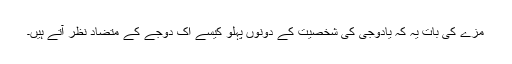
مزے کی بات یہ کہ یادوجی کی شخصیت کے دونوں پہلو کیسے اک دوجے کے متضاد نظر آتے ہیں۔